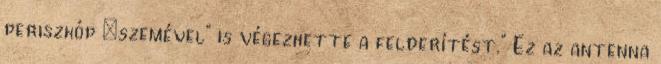
periszkóp „szemével” is végezhette a felderítést.” Ez az antenna